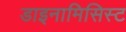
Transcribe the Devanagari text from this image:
डाइनामिसिस्ट